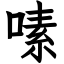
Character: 嗉